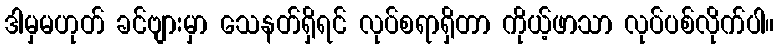
ဒါမှမဟုတ် ခင်ဗျားမှာ သေနတ်ရှိရင် လုပ်စရာရှိတာ ကိုယ့်ဖာသာ လုပ်ပစ်လိုက်ပါ။